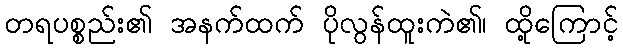
တရပစ္စည်း၏ အနက်ထက် ပိုလွန်ထူးကဲ၏၊ ထို့ကြောင့်